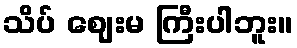
သိပ် ဈေးမ ကြီးပါဘူး။